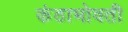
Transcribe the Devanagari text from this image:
कंठाभोवती